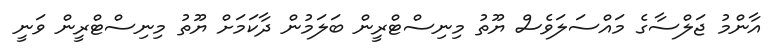
އާންމު ޖަލްސާގެ މައްސަލަވެސް ޔޫތު މިނިސްޓްރީން ބަލަމުން ދާކަމަށް ޔޫތު މިނިސްޓްރީން ވަނީ